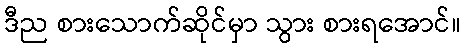
ဒီည စားသောက်ဆိုင်မှာ သွား စားရအောင်။